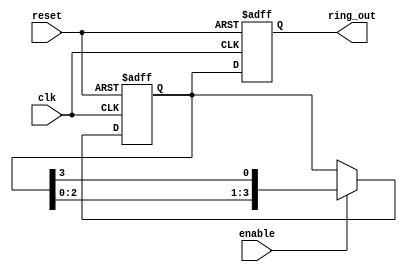
module RingCounter (
    input clk,
    input reset,
    input enable,
    output reg [3:0] ring_out
);

reg [3:0] ring_temp;

always @(posedge clk or posedge reset) begin
    if (reset) begin
        ring_temp <= 4'b0001;
    end else if (enable) begin
        ring_temp <= {ring_temp[2:0], ring_temp[3]};
    end
end

always @(posedge clk or posedge reset) begin
    if (reset) begin
        ring_out <= 4'b0000;
    end else begin
        ring_out <= ring_temp;
    end
end

endmodule